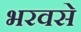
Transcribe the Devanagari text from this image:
भरवसे